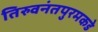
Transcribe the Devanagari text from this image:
तिरुवनंतपुरमकडे